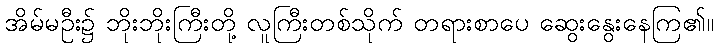
အိမ်မဦး၌ ဘိုးဘိုးကြီးတို့ လူကြီးတစ်သိုက် တရားစာပေ ဆွေးနွေးနေကြ၏။